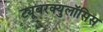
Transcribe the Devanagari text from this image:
ट्यूबरक्युलॉसिस